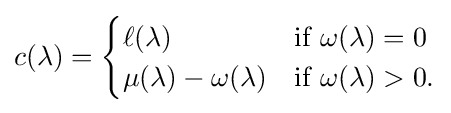
c(\lambda )={\begin{cases}\ell (\lambda )&{\text{if }}\omega (\lambda )=0\\\mu (\lambda )-\omega (\lambda )&{\text{if }}\omega (\lambda )>0.\end{cases}}